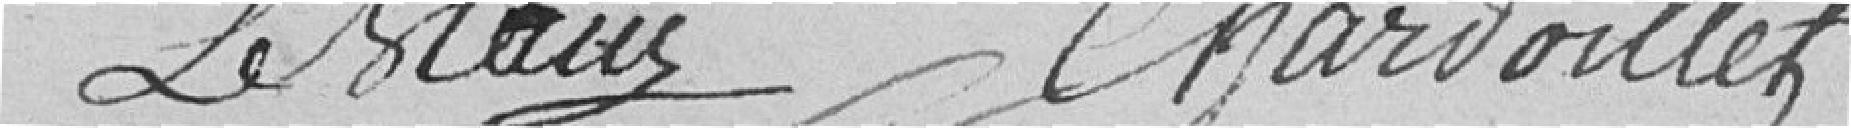
Leblanc Chardoillet